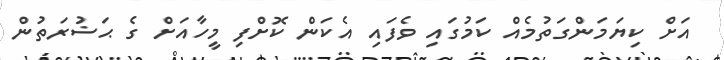
އަށް ކިޔަމަންގަތުމެއް ކަމުގައި ވެފައި އެކަން ކޮށްފި މީހާއަށް ގެ ޙަޟުރަތުން